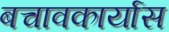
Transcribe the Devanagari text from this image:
बचावकार्यास